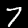
Label: 7